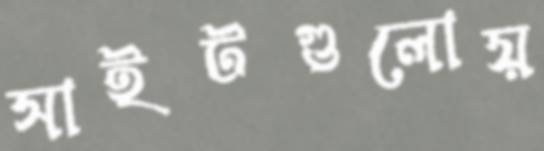
সাইটগুলোয়